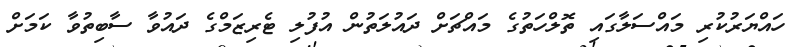
ހައްޔަރުކުރި މައްސަލާގައި ތޮލްހަތުގެ މައްޗަށް ދައުލަތުން އުފުލި ޓެރިޒަމްގެ ދައުވާ ސާބިތުވާ ކަމަށް